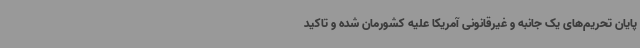
پایان تحریم‌های یک جانبه و غیرقانونی آمریکا علیه کشورمان شده و تاکید